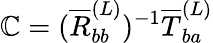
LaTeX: \mathbb{C}=(\overline{{{R}}}_{bb}^{(L)})^{-1}\overline{{{T}}}_{ba}^{(L)}